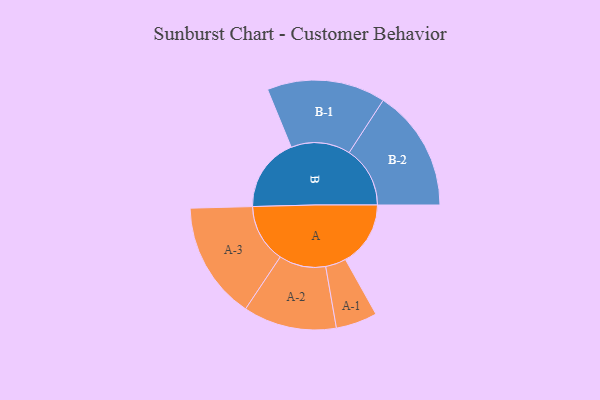
{"axis": {"x": "Segment", "y": "Value"}, "legend": ["", "A", "B"], "data": [{"x": "A", "y": 315, "type": ""}, {"x": "B", "y": 358, "type": ""}, {"x": "A-1", "y": 100, "type": "A"}, {"x": "A-2", "y": 226, "type": "A"}, {"x": "A-3", "y": 284, "type": "A"}, {"x": "B-1", "y": 287, "type": "B"}, {"x": "B-2", "y": 295, "type": "B"}]}